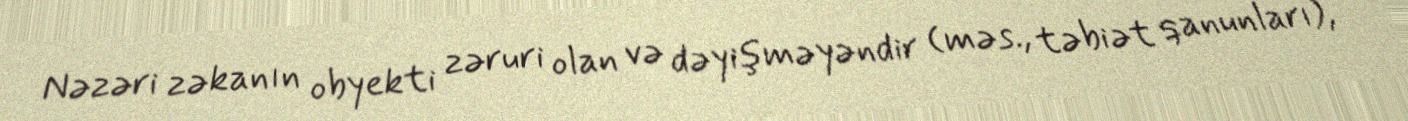
Nəzəri zəkanın obyekti zəruri olan və dəyişməyəndir (məs., təbiət qanunları),